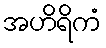
အဟိရိကံ